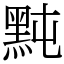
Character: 黗